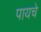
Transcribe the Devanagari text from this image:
पायचे